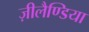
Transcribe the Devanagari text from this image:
ज़ीलैण्डिया